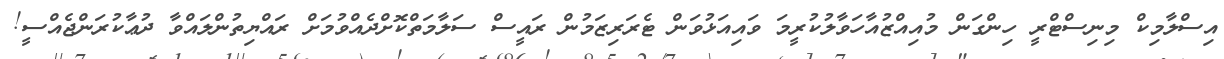
އިސްލާމިކް މިނިސްޓްރީ ހިންގަން މުއިއްޒުއާހަވާލުކުރީމަ ވައިއަޅުވަން ޓެރަރިޒަމުން ރައީސް ސަލާމަތްކޮށްދެއްވުމަށް ރައްޔިތުންލައްވާ ދުޢާކުރަންޖެއްސީ!